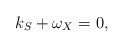
\begin{align*}k_S+\omega_X=0,\end{align*}